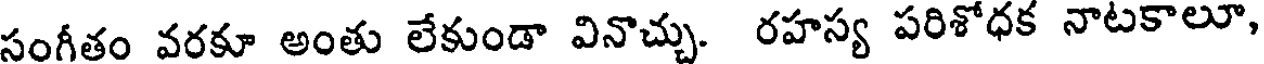
సంగీతం వరకూ అంతు లేకుండా వినొచ్చు. రహస్య పరిశోధక నాటకాలూ,